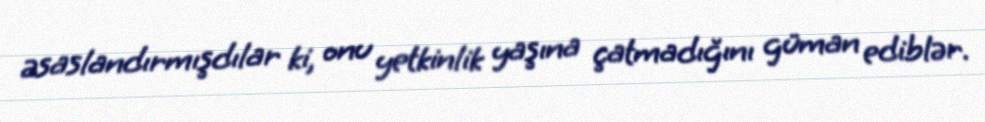
əsaslandırmışdılar ki, onu yetkinlik yaşına çatmadığını güman ediblər.